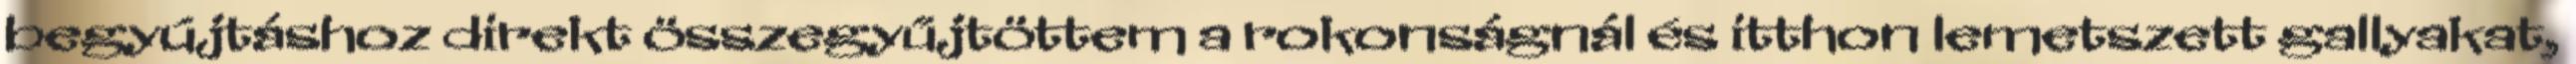
begyújtáshoz direkt összegyűjtöttem a rokonságnál és itthon lemetszett gallyakat,